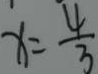
x = \frac { 4 } { 3 }